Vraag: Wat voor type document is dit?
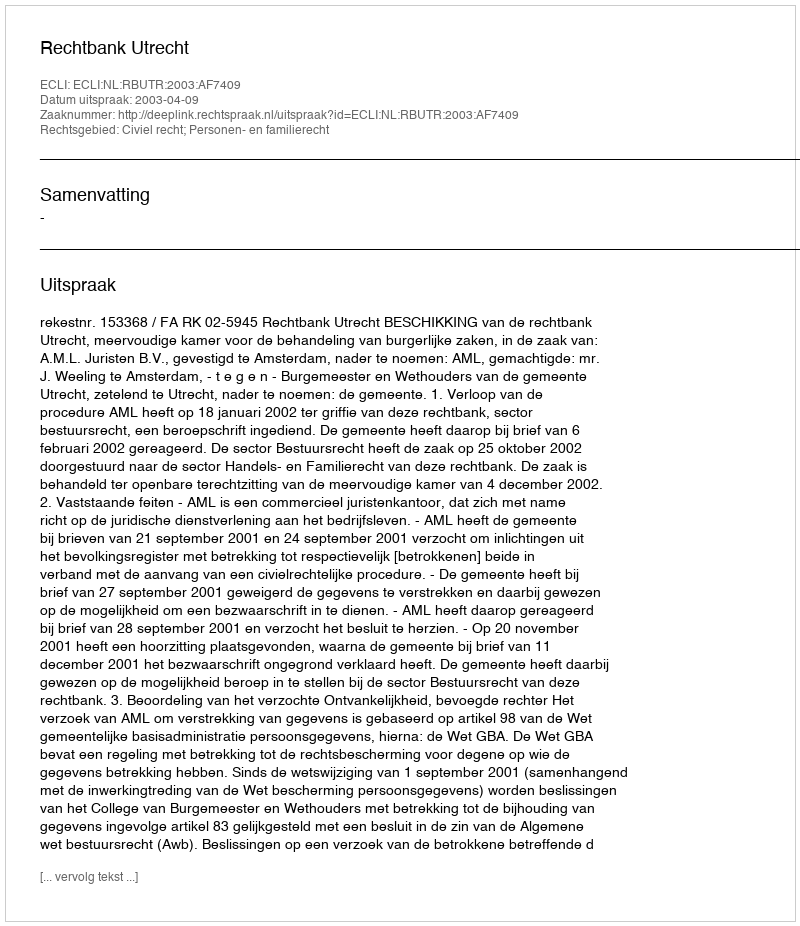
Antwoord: Uitspraak